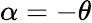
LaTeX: \alpha=-\theta